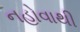
નહોવાથી